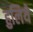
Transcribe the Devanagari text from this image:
हुलिये